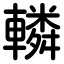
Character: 轔